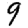
Digit: 9